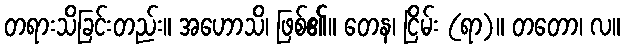
တရားသိခြင်းတည်း။ အဟောသိ၊ ဖြစ်၏။ တေန၊ ငြိမ်း (ရာ)။ တတော၊ လ။